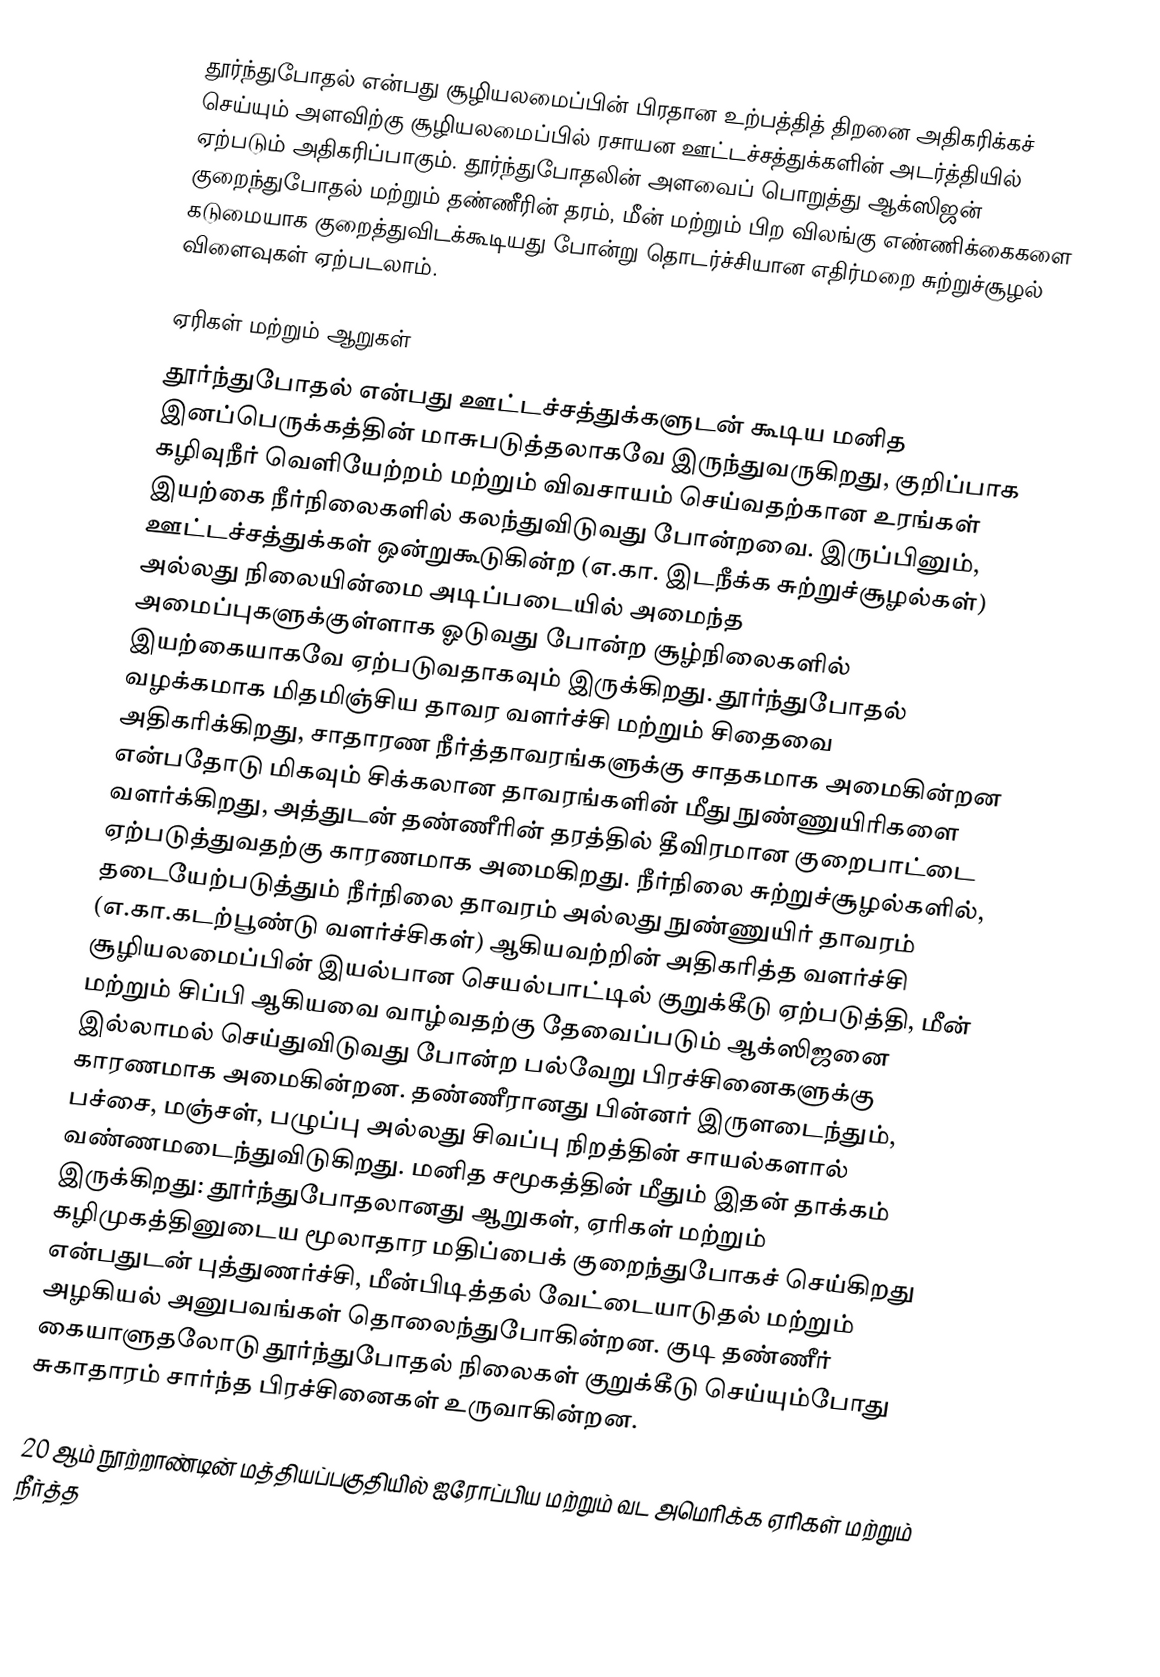
தூர்ந்துபோதல் என்பது சூழியலமைப்பின் பிரதான உற்பத்தித் திறனை அதிகரிக்கச் செய்யும் அளவிற்கு சூழியலமைப்பில் ரசாயன ஊட்டச்சத்துக்களின் அடர்த்தியில் ஏற்படும் அதிகரிப்பாகும். தூர்ந்துபோதலின் அளவைப் பொறுத்து ஆக்ஸிஜன் குறைந்துபோதல் மற்றும் தண்ணீரின் தரம், மீன் மற்றும் பிற விலங்கு எண்ணிக்கைகளை கடுமையாக குறைத்துவிடக்கூடியது போன்று தொடர்ச்சியான எதிர்மறை சுற்றுச்சூழல் விளைவுகள் ஏற்படலாம்.

ஏரிகள் மற்றும் ஆறுகள்
தூர்ந்துபோதல் என்பது ஊட்டச்சத்துக்களுடன் கூடிய மனித இனப்பெருக்கத்தின் மாசுபடுத்தலாகவே இருந்துவருகிறது, குறிப்பாக கழிவுநீர் வெளியேற்றம் மற்றும் விவசாயம் செய்வதற்கான உரங்கள் இயற்கை நீர்நிலைகளில் கலந்துவிடுவது போன்றவை. இருப்பினும், ஊட்டச்சத்துக்கள் ஒன்றுகூடுகின்ற (எ.கா. இடநீக்க சுற்றுச்சூழல்கள்) அல்லது நிலையின்மை அடிப்படையில் அமைந்த அமைப்புகளுக்குள்ளாக ஓடுவது போன்ற சூழ்நிலைகளில் இயற்கையாகவே ஏற்படுவதாகவும் இருக்கிறது. தூர்ந்துபோதல் வழக்கமாக மிதமிஞ்சிய தாவர வளர்ச்சி மற்றும் சிதைவை அதிகரிக்கிறது, சாதாரண நீர்த்தாவரங்களுக்கு சாதகமாக அமைகின்றன என்பதோடு மிகவும் சிக்கலான தாவரங்களின் மீது நுண்ணுயிரிகளை வளர்க்கிறது, அத்துடன் தண்ணீரின் தரத்தில் தீவிரமான குறைபாட்டை ஏற்படுத்துவதற்கு காரணமாக அமைகிறது. நீர்நிலை சுற்றுச்சூழல்களில், தடையேற்படுத்தும் நீர்நிலை தாவரம் அல்லது நுண்ணுயிர் தாவரம் (எ.கா.கடற்பூண்டு வளர்ச்சிகள்) ஆகியவற்றின் அதிகரித்த வளர்ச்சி சூழியலமைப்பின் இயல்பான செயல்பாட்டில் குறுக்கீடு ஏற்படுத்தி, மீன் மற்றும் சிப்பி ஆகியவை வாழ்வதற்கு தேவைப்படும் ஆக்ஸிஜனை இல்லாமல் செய்துவிடுவது போன்ற பல்வேறு பிரச்சினைகளுக்கு காரணமாக அமைகின்றன. தண்ணீரானது பின்னர் இருளடைந்தும், பச்சை, மஞ்சள், பழுப்பு அல்லது சிவப்பு நிறத்தின் சாயல்களால் வண்ணமடைந்துவிடுகிறது. மனித சமூகத்தின் மீதும் இதன் தாக்கம் இருக்கிறது: தூர்ந்துபோதலானது ஆறுகள், ஏரிகள் மற்றும் கழிமுகத்தினுடைய மூலாதார மதிப்பைக் குறைந்துபோகச் செய்கிறது என்பதுடன் புத்துணர்ச்சி, மீன்பிடித்தல் வேட்டையாடுதல் மற்றும் அழகியல் அனுபவங்கள் தொலைந்துபோகின்றன. குடி தண்ணீர் கையாளுதலோடு தூர்ந்துபோதல் நிலைகள் குறுக்கீடு செய்யும்போது சுகாதாரம் சார்ந்த பிரச்சினைகள் உருவாகின்றன.

20 ஆம் நூற்றாண்டின் மத்தியப்பகுதியில் ஐரோப்பிய மற்றும் வட அமெரிக்க ஏரிகள் மற்றும் நீர்த்த